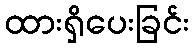
ထားရှိပေးခြင်း